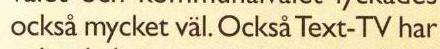
också mycket väl. Också Text-TV har